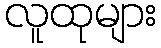
လူထုများ